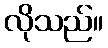
လိုသည်။